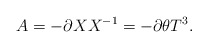
\begin{align*}A=- \partial X X^{-1}=- \partial\theta T^3.\end{align*}